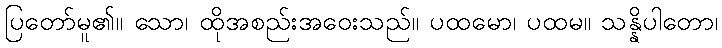
ပြတော်မူ၏။ သော၊ ထိုအစည်းအဝေးသည်။ ပထမော၊ ပထမ။ သန္နိပါတော၊